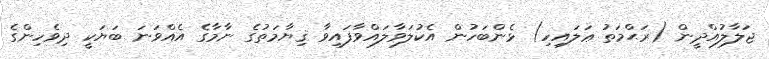
ޖަލާލުއްދީން (ރަޙްމަތު ޢަލައިހި) ޅެންބަހުން އެކުލަވާލައްވާފައިވާ ޤިޔާމަތުގެ ނާމާގެ އެއްވަނަ ބަޔަކީ ދިވެހިންގެ